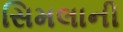
સિમલાની